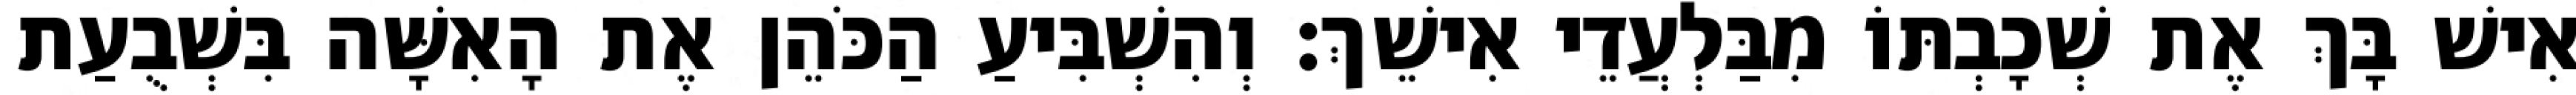
אִישׁ בָּךְ אֶת שְׁכָבְתּוֹ מִבַּלְעֲדֵי אִישֵׁךְ׃ וְהִשְׁבִּיעַ הַכֹּהֵן אֶת הָאִשָּׁה בִּשְׁבֻעַת